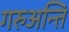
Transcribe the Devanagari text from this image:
गरुअन्ति